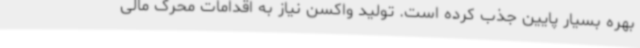
بهره بسیار پایین جذب کرده است. تولید واکسن نیاز به اقدامات محرک مالی